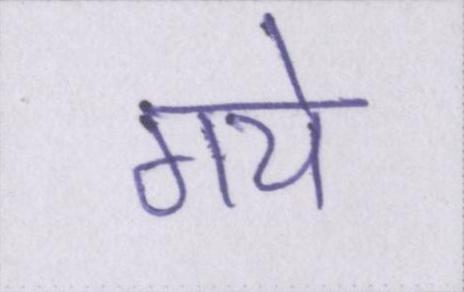
गये